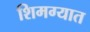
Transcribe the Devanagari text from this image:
शिमग्यात